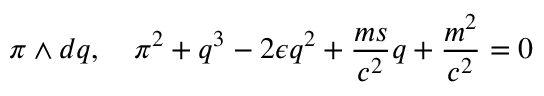
\pi \wedge d q , \quad \pi ^ { 2 } + q ^ { 3 } - 2 \epsilon q ^ { 2 } + \frac { m s } { c ^ { 2 } } q + \frac { m ^ { 2 } } { c ^ { 2 } } = 0